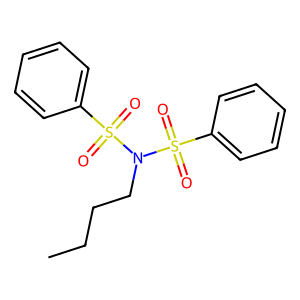
SMILES: CCCCN(S(=O)(=O)c1ccccc1)S(=O)(=O)c1ccccc1
Inhibits HIV replication: No